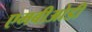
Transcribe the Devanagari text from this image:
एमबीओडी